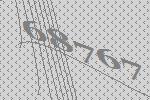
68767